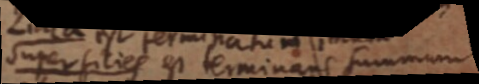
superficies est terminans summum